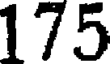
175